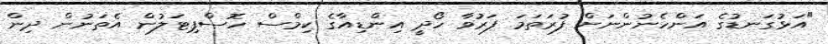
"އަޅުގަނޑުގެ އަންހެނުންނަށް ފުރަތަމަ ފަރުވާ ހޯދީ އިންޑިއާގެ ކިމްސް ހޮސްޕިޓަލުން އެތަނުން ދިން